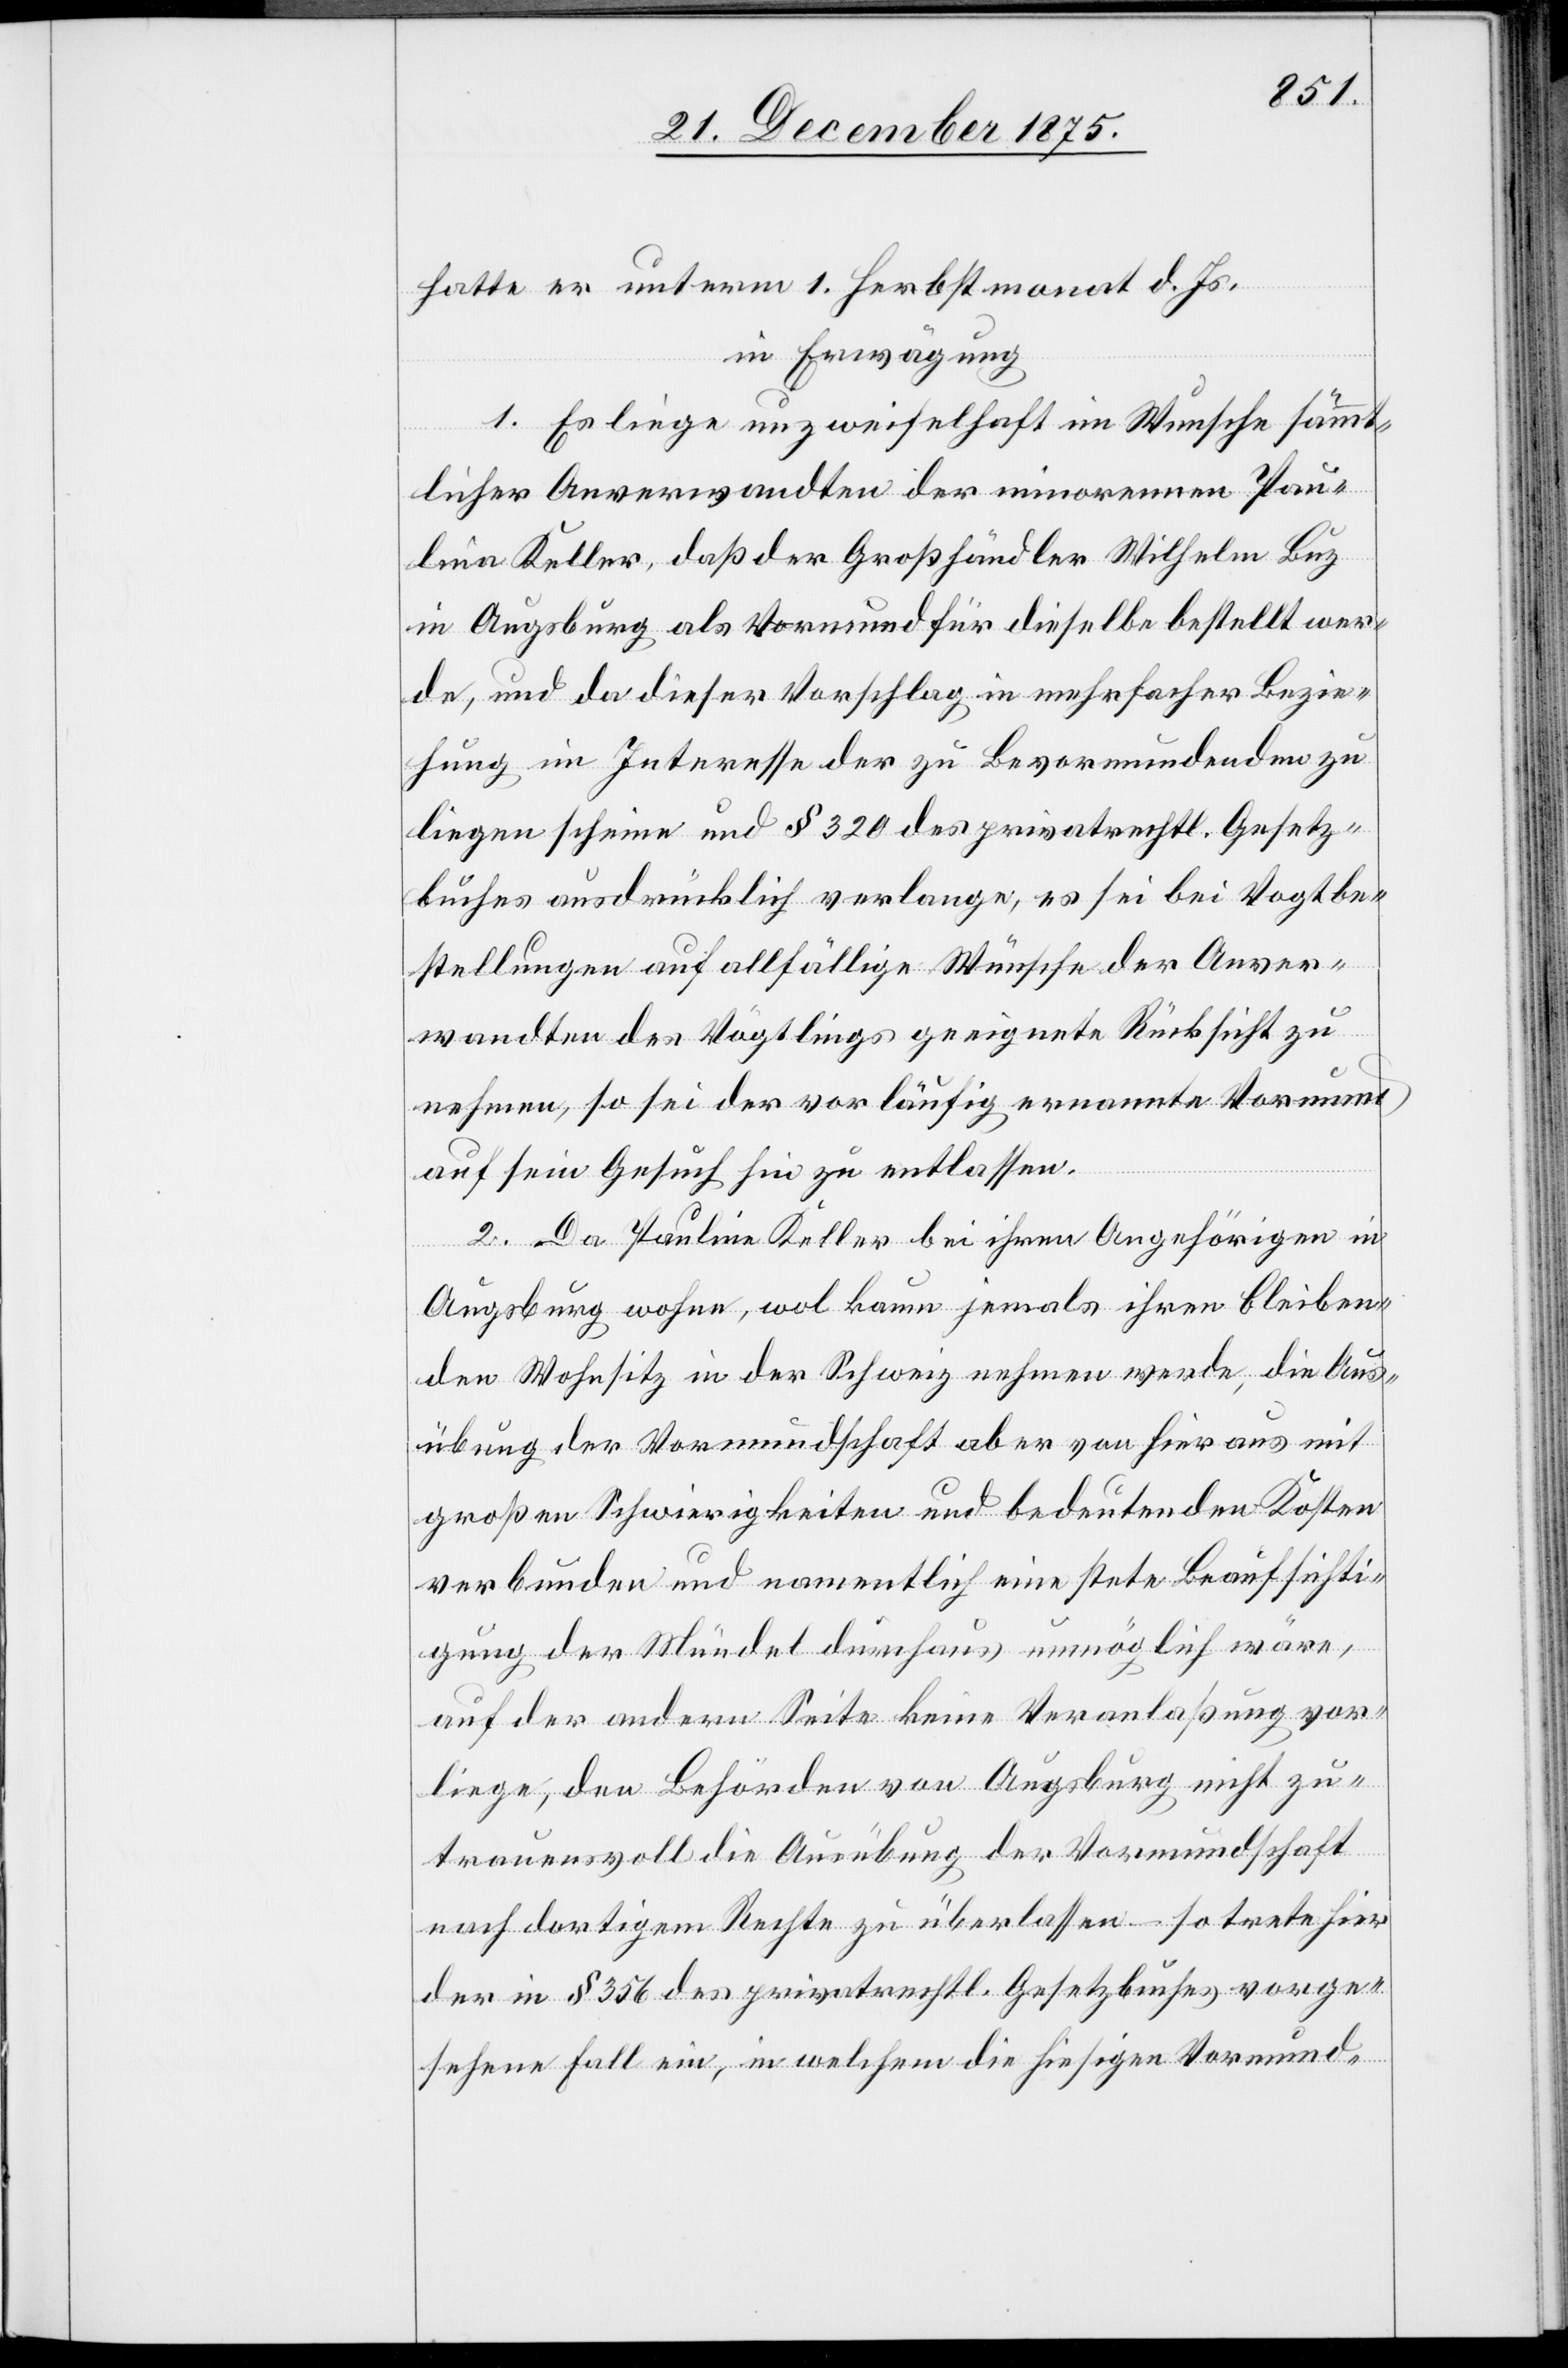
hatte er unterm 1. Herbstmonat d. Js.
in Erwägung
1. Es liege unzweifelhaft im Wunsche sämmt¬
licher Anverwandten der minorennen Pau¬
lina Keller, daß der Großhändler Wilhelm Buz
in Augsburg als Vormund für dieselbe bestellt wer¬
de, und da dieser Vorschlag in mehrfacher Bezie¬
hung im Interesse der zu bevormundenden zu
liegen scheine und § 320 des privatrechtl. Gesetz¬
buches ausdrücklich verlange, es sei bei der Vogtbe¬
stellung auf allfällige Wünsche der Anver¬
wandten des Vögtlings geeignete Rücksicht zu
nehmen, so sei der vorläufig ernannte Vormund
auf sein Gesuch hin zu entlassen.
2. Da Pauline [sic!] Keller bei ihren Angehörigen in
Augsburg wohne, wol kaum jemals ihren bleiben¬
den Wohnsitz in der Schweiz nehmen werde, die Aus¬
übung der Vormundschaft aber von hier aus mit
großen Schwierigkeiten und bedeutenden Kosten
verbunden und namentlich eine stete Beaufsichti¬
gung des Mündel durchaus unmöglich wäre,
auf der andern Seite keine Veranlaßung vor¬
liege, den Behörden von Augsburg nicht zu¬
trauensvoll die Ausübung der Vormundschaft
nach dortigem Rechte zu überlassen – so trete hier
der in § 356 des privatrechtl. Gesetzbuches vorge¬
sehene Fall ein, in welchem die hiesigen Vormund-